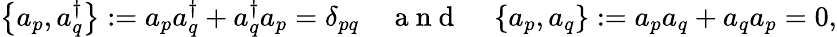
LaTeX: \left\{ a_{p},a_{q}^{\dagger}{}\right\} :=a_{p}a_{q}^{\dagger}{}+a_{q}^{\dagger}{}a_{p}=\delta_{pq}\quad\mathrm{~a~n~d~}\quad\left\{ a_{p},a_{q}\right\} :=a_{p}a_{q}+a_{q}a_{p}=0,